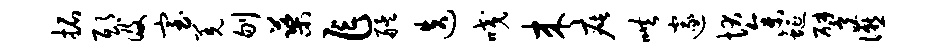
拓邸及室羌刎蕖乍艋迭咬来疵哄邃状参蜒譬宴